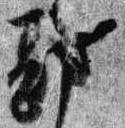
勘